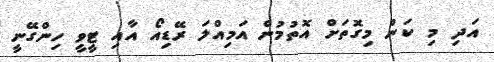
އަދި މި ކަން މިގޮތަށް އޮތުމުން އަމިއްލަ ރޭޑިއޯ އާއި ޓީވީ ހިންގޭނީ